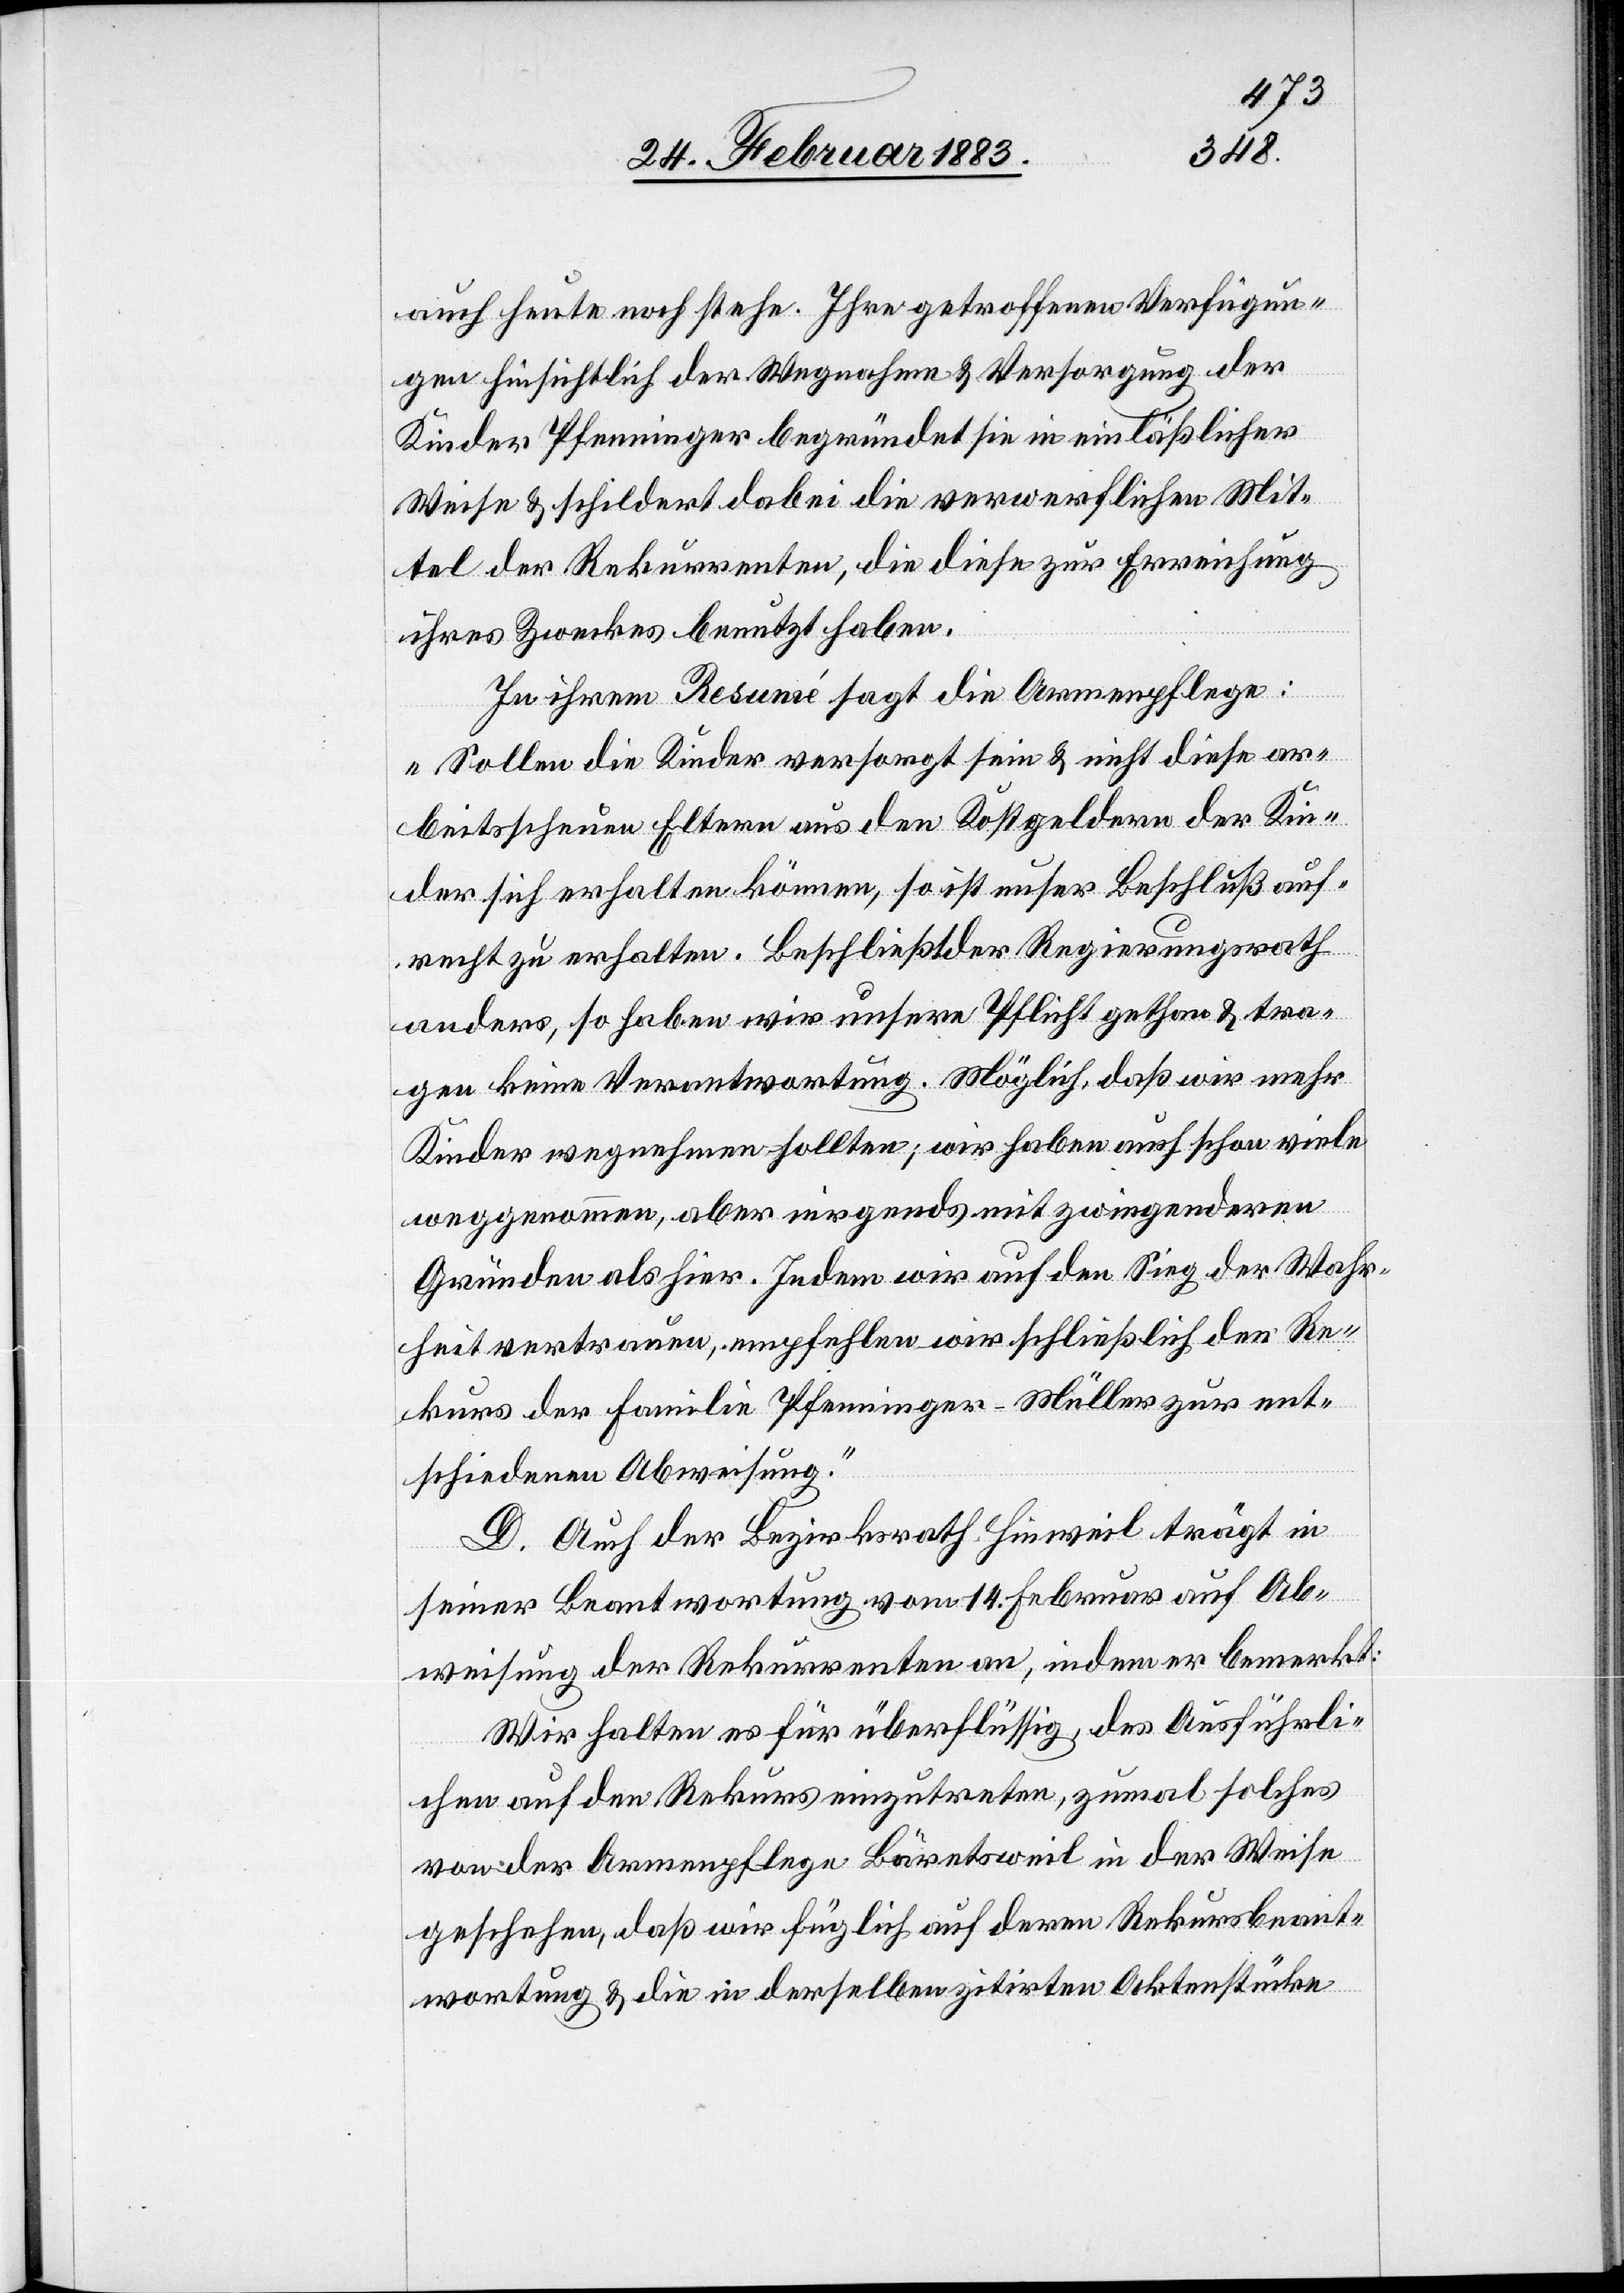
auch heute noch stehe. Ihre getroffenen Verfügun¬
gen hinsichtlich der Wegnahme & Versorgung der
Kinder Pfenninger begründet sie in einläßlicher
Weise & schildert dabei die verwerflichen Mit¬
tel der Rekurrenten, die diese zur Erreichung
ihres Zweckes benutzt haben.
In ihrem Resumé sagt die Armenpflege:
„Sollen die Kinder versorgt sein & nicht diese ar¬
beitsscheuen Eltern aus den Kostgeldern der Kin¬
der sich erhalten können, so ist unser Beschluß auf¬
recht zu erhalten. Beschließt der Regierungsrath
anders, so haben wir unsere Pflicht gethan & tra¬
gen keine Verantwortung. Möglich, daß wir mehr
Kinder wegnehmen sollten; wir haben auch schon viele
weggenommen, aber nirgends mit zwingenderen
Gründen als hier. Indem wir auf den Sieg der Wahr¬
heit vertrauen, empfehlen wir schließlich den Re¬
kurs der Familie Pfenninger-Müller zur ent¬
schiedenen Abweisung.“
D. Auch der Bezirksrath Hinweil trägt in
seiner Beantwortung vom 14. Februar auf Ab¬
weisung der Rekurrenten an, indem er bemerkt:
Wir halten es für überflüssig, des Ausführli¬
chen auf den Rekurs einzutreten, zumal solches
von der Armenpflege Bäretsweil in der Weise
geschehen, daß wir füglich auf deren Rekursbeant¬
wortung & die in derselben zitirten Aktenstücke